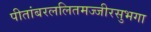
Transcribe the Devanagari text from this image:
पीतांबरललितमज्जीरसुभगा